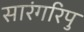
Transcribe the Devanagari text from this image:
सारंगरिपु